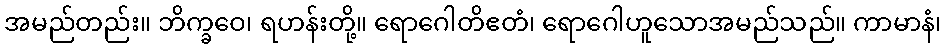
အမည်တည်း။ ဘိက္ခဝေ၊ ရဟန်းတို့။ ရောဂေါတိဧတံ၊ ရောဂေါဟူသောအမည်သည်။ ကာမာနံ၊